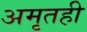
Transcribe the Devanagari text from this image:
अमृतही